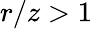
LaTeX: r/z>1